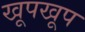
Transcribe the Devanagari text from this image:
खूपखूप